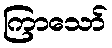
ကြာသော်